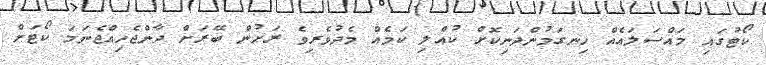
ކޯޓުގައި މައްސަލައެއް ހިނގަމުންދަނިކޮށް ކުއްލި ކަމެއް މެދުވެރިވެ ރަށުން ބޭރަށް ދާންޖެހިއްޖެނަމަ ކޯޓަށް